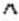
^